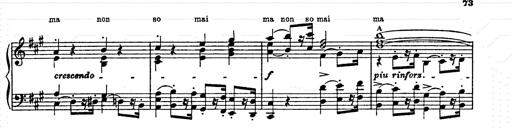
Title: AnnÃ©es de pÃ¨lerinage II
Composer: Franz Liszt